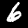
Digit: 6